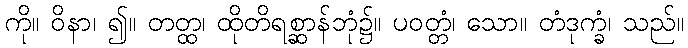
ကို။ ဝိနာ၊ ၍။ တတ္ထ၊ ထိုတိရစ္ဆာန်ဘုံ၌။ ပဝတ္တံ၊ သော။ တံဒုက္ခံ၊ သည်။